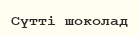
Сүтті шоколад